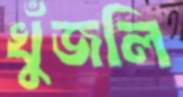
খুঁজলি